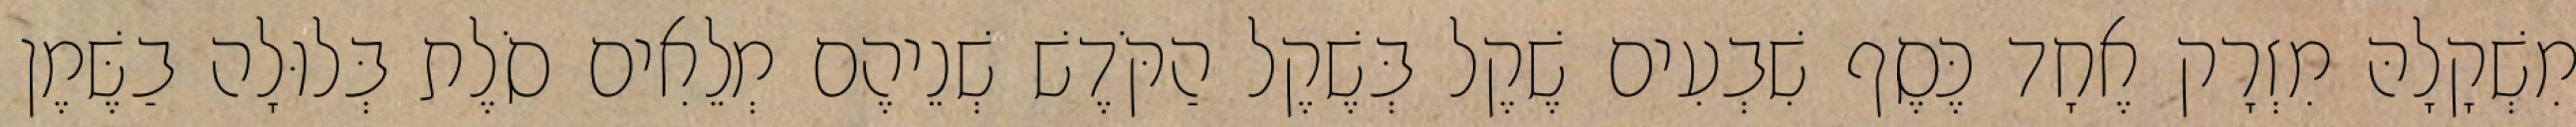
מִשְׁקָלָהּ מִזְרָק אֶחָד כֶּסֶף שִׁבְעִים שֶׁקֶל בְּשֶׁקֶל הַקֹּדֶשׁ שְׁנֵיהֶם מְלֵאִים סֹלֶת בְּלוּלָה בַשֶּׁמֶן